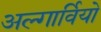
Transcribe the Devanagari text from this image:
अल्गार्वियो